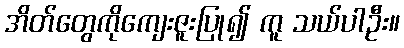
အိတ်တွေကိုကျေးဇူးပြု၍ ကူ သယ်ပါဦး။